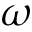
\omega